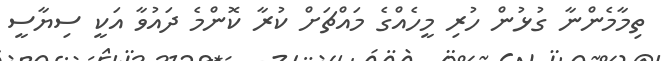
ތިމާމެންނާ ގުޅުން ހުރި މީހެއްގެ މައްޗަށް ކުރާ ކޮންމެ ދައުވާ އަކީ ސިޔާސީ